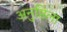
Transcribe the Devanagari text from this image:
अनुष्ठिला